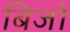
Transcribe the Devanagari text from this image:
बिजो